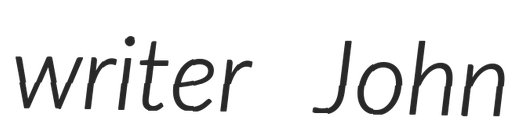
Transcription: writer John